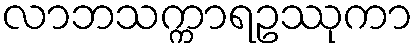
လာဘသက္ကာရဥဿုကာ